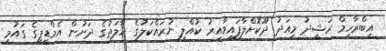
އިބްރާހިމް ރަޝީދު މިއަދު ދޫކޮށްލާފައިވާއިރު ކުއްލި ނުރައްކަލުގެ ހާލަތުގެ ދަށުން އެމްޑީޕީގެ ގައުމީ